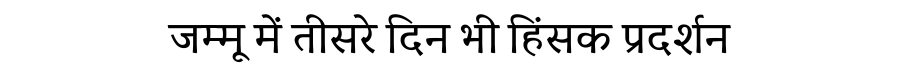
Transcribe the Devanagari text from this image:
जम्मू में तीसरे दिन भी हिंसक प्रदर्शन